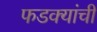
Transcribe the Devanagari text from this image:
फडक्यांची